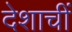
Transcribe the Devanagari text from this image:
देशाचीं